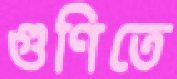
গুণিতে